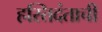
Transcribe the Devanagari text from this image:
हस्तिदंताची